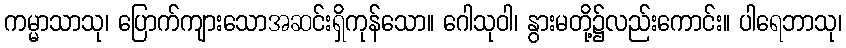
ကမ္မာသာသု၊ ပြောက်ကျားသောအဆင်းရှိကုန်သော။ ဂေါသုဝါ၊ နွားမတို့၌လည်းကောင်း။ ပါရေဘာသု၊